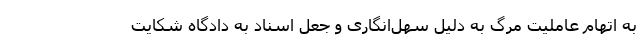
به اتهام عاملیت مرگ به دلیل سهل‌انگاری و جعل اسناد به دادگاه شکایت